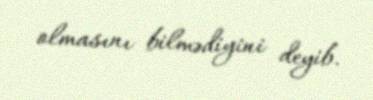
olmasını bilmədiyini deyib.